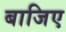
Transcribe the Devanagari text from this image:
बाजिए